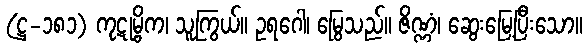
(ဋ္ဌ-၁၈၁) ကုဋုမ္ဗိက၊ သူကြွယ်။ ဥရဂေါ၊ မြွေသည်။ ဇိဏ္ဏံ၊ ဆွေးမြေ့ပြီးသော။